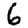
Digit: 6